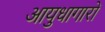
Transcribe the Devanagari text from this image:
आयुधागारों